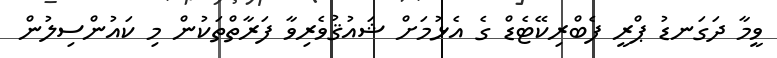
ވީމާ ދަގަނޑު ޕްރީ ފެބްރިކޭޓެޑް ގެ އެޅުމަށް ޝައުޤުވެރިވާ ފަރާތްތަކުން މި ކައުންސިލުން